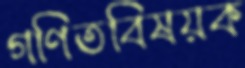
গণিতবিষয়ক